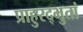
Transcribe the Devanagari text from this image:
प्राहुरद्भुतां